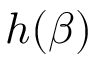
h ( \beta )